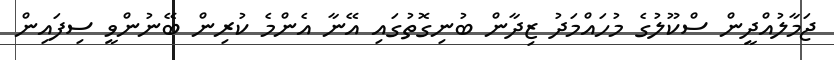
ޖަމާލުއްދީން ސްކޫލުގެ މުހައްމަދު ޒިދާން ބުނިގޮތުގައި އޭނާ އެންމެ ކުރިން ބޭނުންވީ ސިފައިން